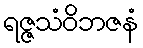
ရဇ္ဇသံဝိဘဇနံ